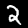
Label: 2